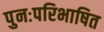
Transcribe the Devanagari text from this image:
पुनःपरिभाषित